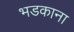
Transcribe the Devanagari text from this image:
भडकाना